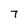
Character: 7